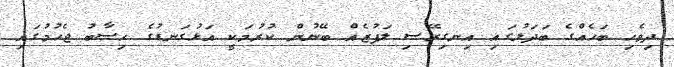
ދިވެހި ބަހެއްގެ ބަދަލުގައި އިނގިރޭސި ލަފުޒެއް ބޭނުން ކުރުމަކީ އަޅުގަނޑުގެ ހިސާބު ޖެހުމުގައި